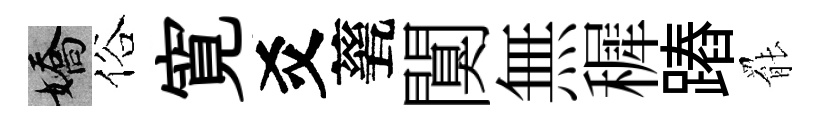
嬌俗寛爻甆闃無穉蹖罷